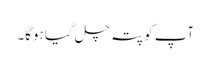
‌ آپ کو پتہ چل گیا ہوگا۔